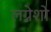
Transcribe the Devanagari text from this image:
लग्नेशो